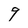
Character: 9